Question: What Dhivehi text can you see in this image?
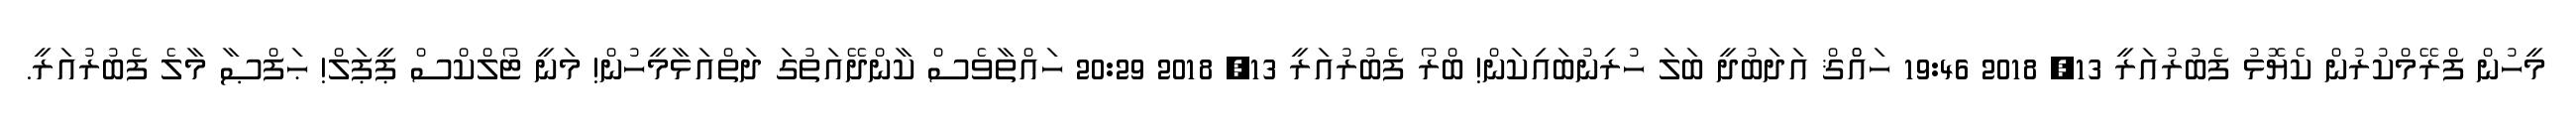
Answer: މީހުން ފްރޭމްކުރުން ކެޔޮޅު ފެބުރުއަރީ 13, 2018 19:46 ހައްްޤް އަދަބުދީ ބަލަ ހުރިނުބައިކަން! ބްރޯ ފެބުރުއަރީ 13, 2018 20:29 ހައްތާވެސް ކާންދޭއަތުގަ ދަތްއަޅާމީހުން! މަނީ ޓޯލްކްސް ޕީޕަލް! ޙަފްޞާ މާލެ ފެބުރުއަރީ.